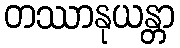
တဿာနုယန္တာ